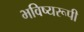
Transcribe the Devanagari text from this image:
भविष्यरूपी